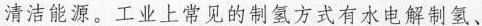
清洁能源。工业上常见的制氢方式有水电解制氢、